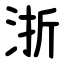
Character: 浙